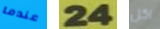
عندما 24 اكل